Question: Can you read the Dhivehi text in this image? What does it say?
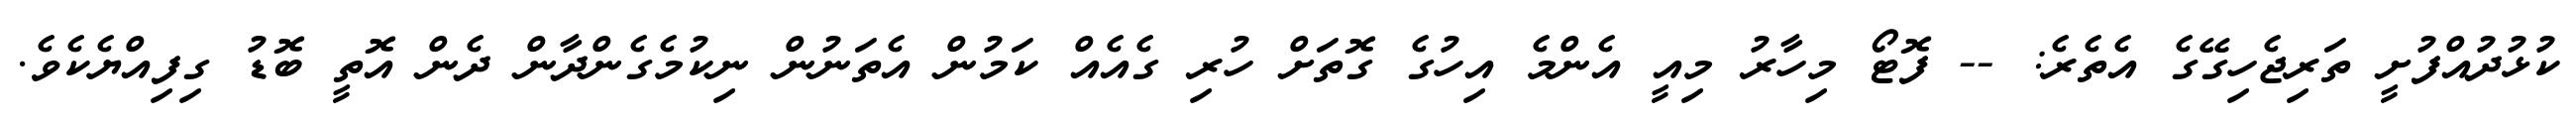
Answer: ކުޅުދުއްފުށީ ތަރިޖެހިގޭގެ އެތެރެ: -- ފޮޓޯ މިހާރު މިއީ އެންމެ އިހުގެ ގޮތަށް ހުރި ގެއެއް ކަމުން އެތަނުން ނިކުމެގެންދާން ދެން އޮތީ ބޮޑު ގިފިއްޔެކެވެ.